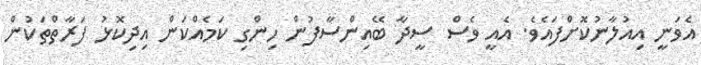
އެވަނީ އިއުލާނުކޮށްފައެވެ. އެއީ ވެސް ސީދާ ބޭއިންސާފުން ހިންގި ކަމެއްކަން އިދިކޮޅު ފަރާތްތަކުން